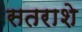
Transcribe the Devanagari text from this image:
सतराशे